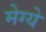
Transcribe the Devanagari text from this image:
मेग्ये